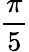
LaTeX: \frac{\pi}{5}